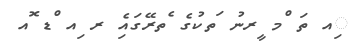
ިއ ތަ ްމ ީރނު ަތކުގެ ެތރޭގައިެ ރ ިއ ްޑ ޮއ